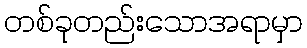
တစ်ခုတည်းသောအရာမှာ